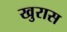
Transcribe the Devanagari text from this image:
खुरास